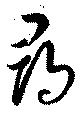
尋